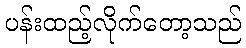
ပန်းထည့်လိုက်တော့သည်